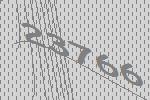
23766